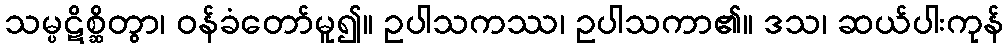
သမ္ပဋိစ္ဆိတွာ၊ ဝန်ခံတော်မူ၍။ ဥပါသကဿ၊ ဥပါသကာ၏။ ဒသ၊ ဆယ်ပါးကုန်